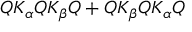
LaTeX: Q K _ { \alpha } Q K _ { \beta } Q + Q K _ { \beta } Q K _ { \alpha } Q